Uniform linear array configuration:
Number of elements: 8
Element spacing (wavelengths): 0.5
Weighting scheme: hann
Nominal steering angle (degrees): -15
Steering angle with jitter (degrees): -13.028
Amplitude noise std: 0.05
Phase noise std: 0.05

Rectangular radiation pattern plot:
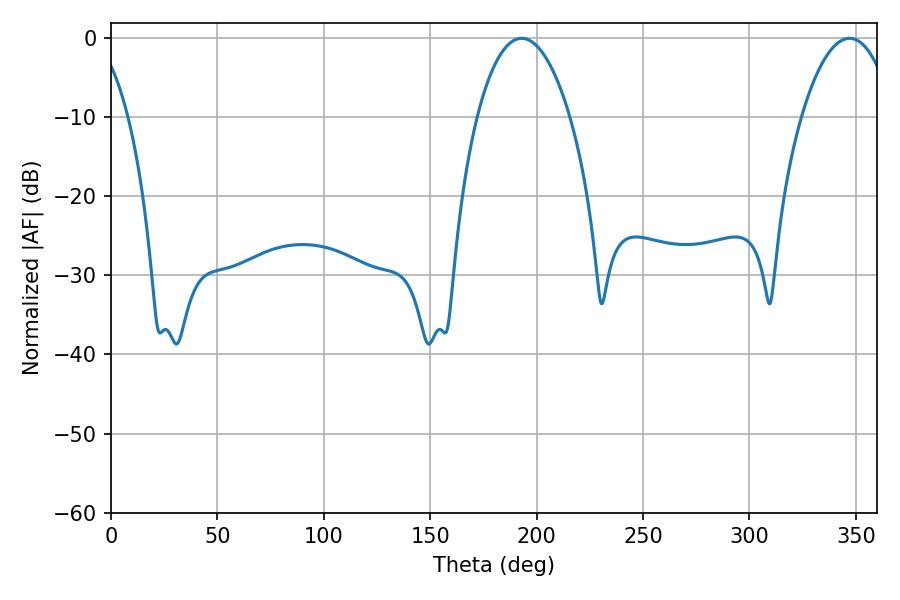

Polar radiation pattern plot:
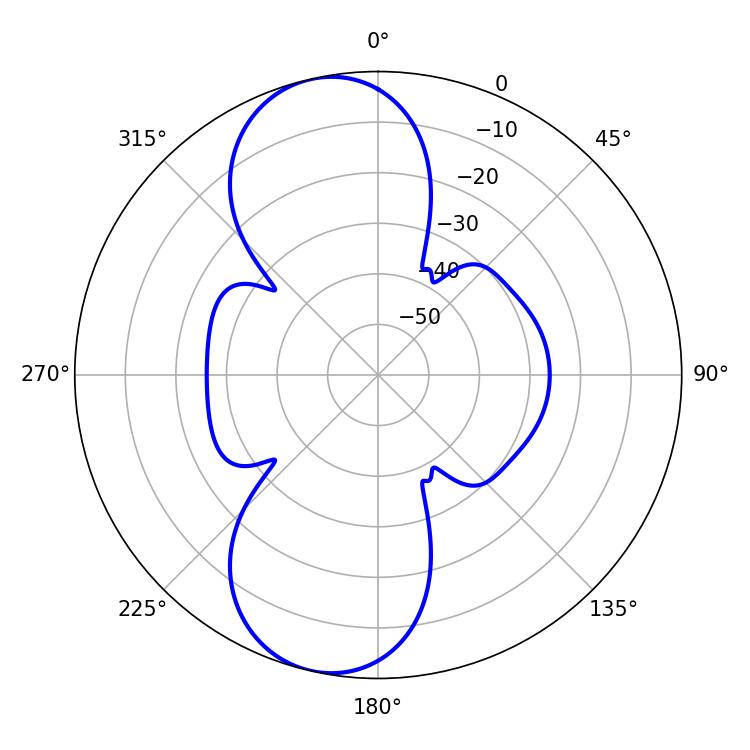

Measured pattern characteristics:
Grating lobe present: FALSE
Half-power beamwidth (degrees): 24.3
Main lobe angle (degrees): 192.96